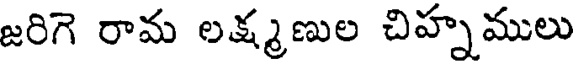
జరిగె రామ లక్ష్మణుల చిహ్నములు